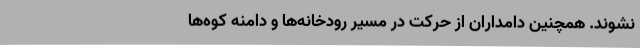
نشوند. همچنین دامداران از حرکت در مسیر رودخانه‌ها و دامنه کوه‌ها